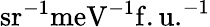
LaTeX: \mathrm{sr}^{-1}\mathrm{meV}^{-1}\mathrm{f.u.}^{-1}